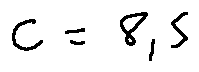
c = 8 , 5